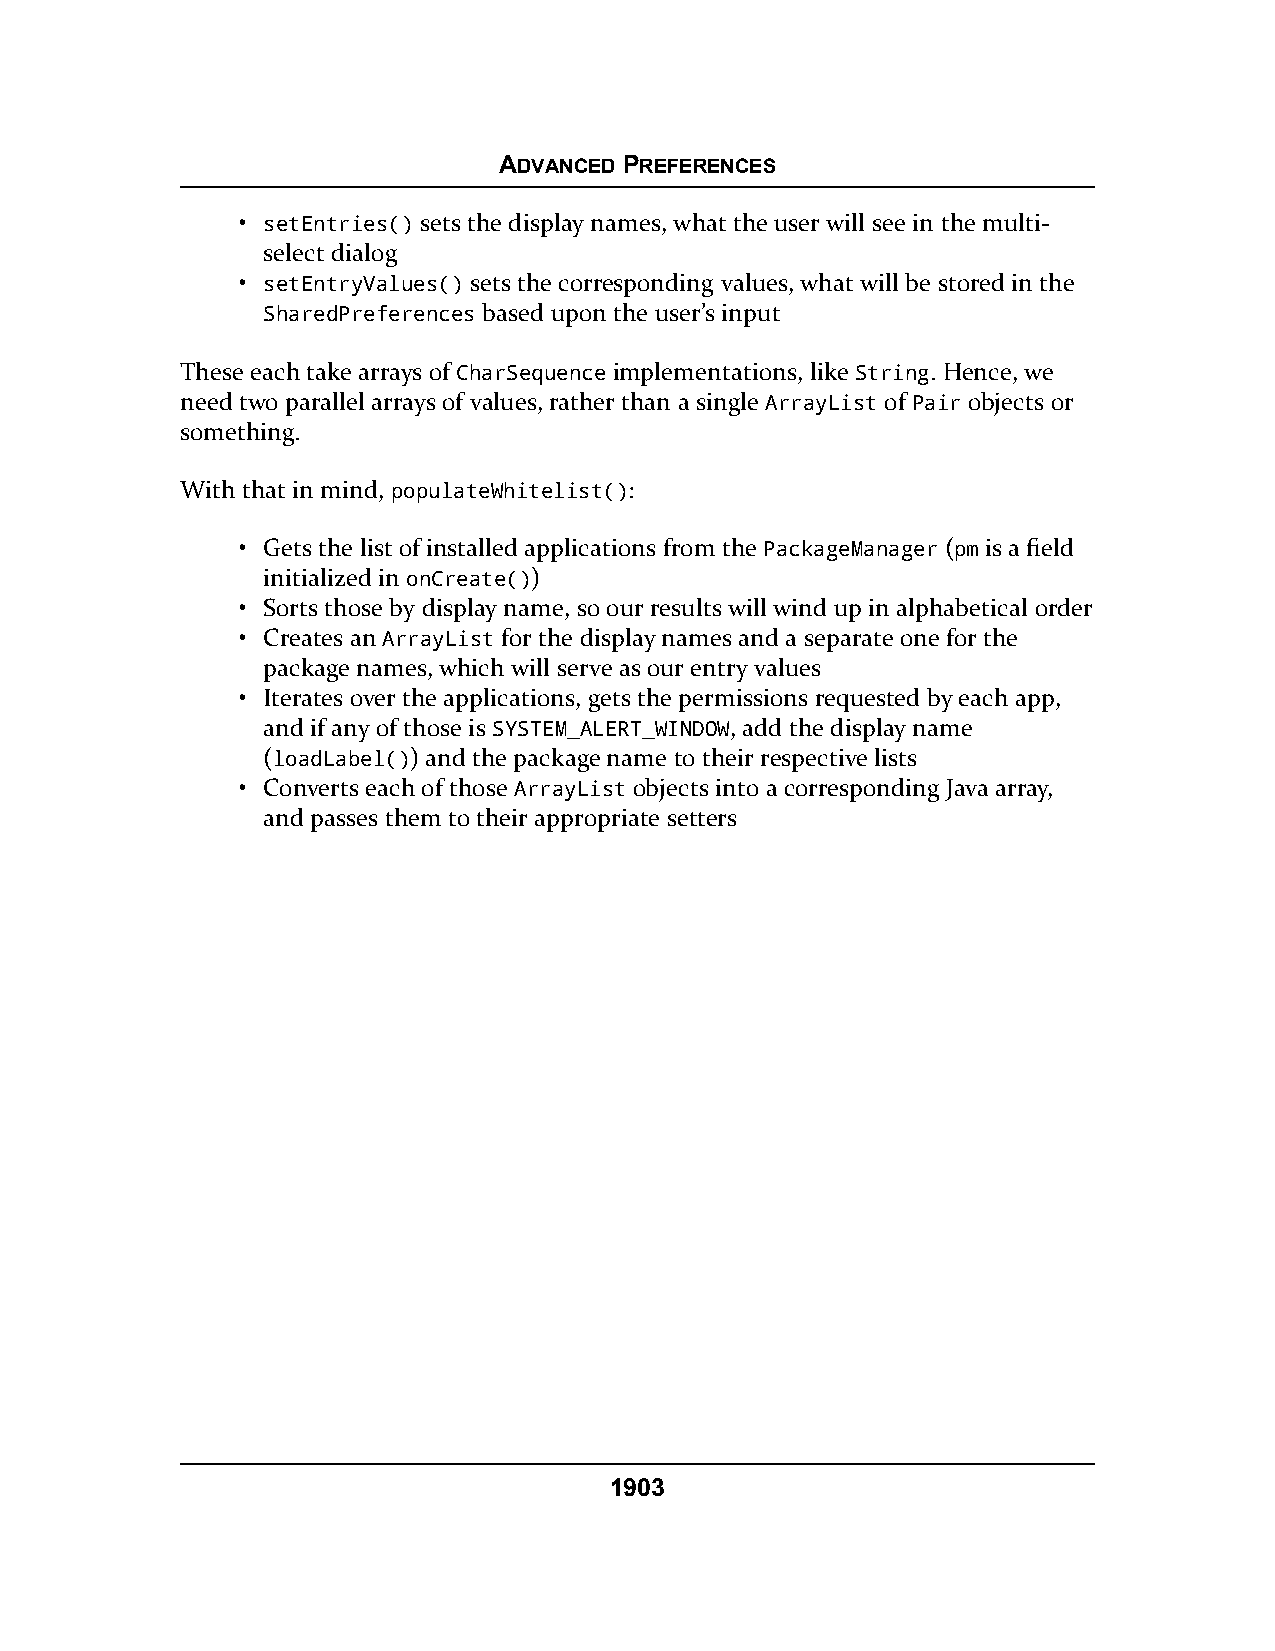
ADVANCED PREFERENCES
 • setEntries() sets the display names, what the user will see in the multi-
 select dialog
 • setEntryValues() sets the corresponding values, what will be stored in the
 SharedPreferences based upon the user’s input
 These each take arrays of CharSequence implementations, like String. Hence, we
 need two parallel arrays of values, rather than a single ArrayList of Pair objects or
 something.
 With that in mind, populateWhitelist():
 • Gets the list of installed applications from the PackageManager (pm is a field
 initialized in onCreate())
 • Sorts those by display name, so our results will wind up in alphabetical order
 • Creates an ArrayList for the display names and a separate one for the
 package names, which will serve as our entry values
 • Iterates over the applications, gets the permissions requested by each app,
 and if any of those is SYSTEM_ALERT_WINDOW, add the display name
 (loadLabel()) and the package name to their respective lists
 • Converts each of those ArrayList objects into a corresponding Java array,
 and passes them to their appropriate setters
 1903